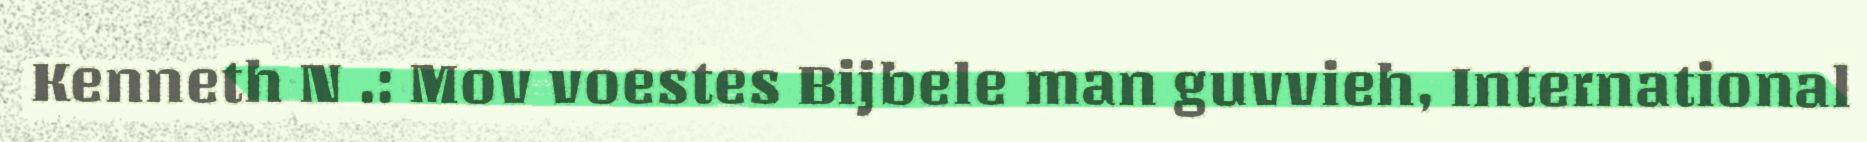
Kenneth N .: Mov voestes Bijbele man guvvieh, International